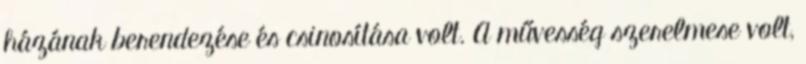
házának berendezése és csinosítása volt. A művesség szerelmese volt,